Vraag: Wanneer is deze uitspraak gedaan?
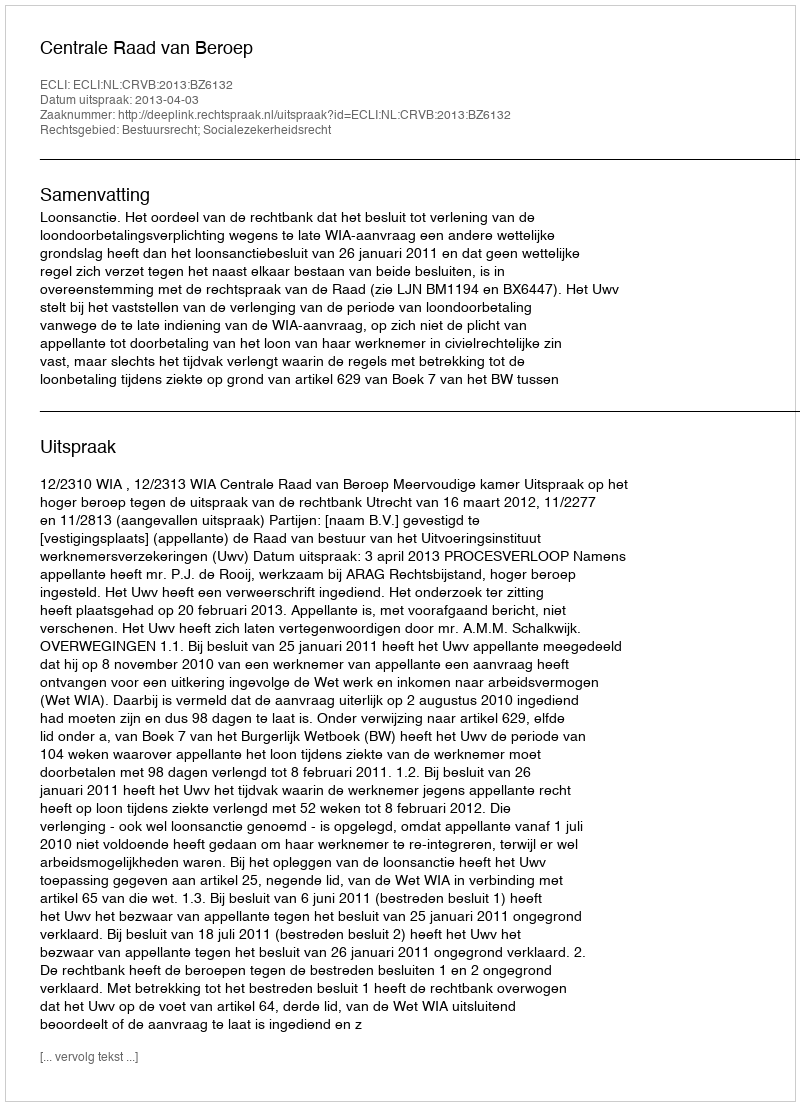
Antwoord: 2013-04-03